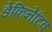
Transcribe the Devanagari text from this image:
डेफिनेटिव